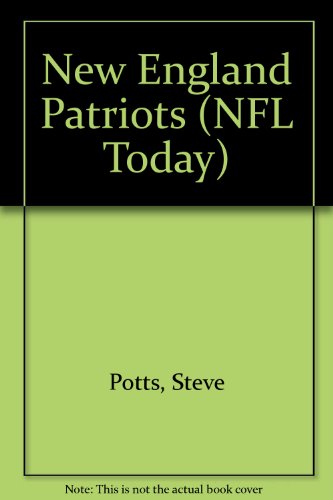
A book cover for New England Patriots (NFL Today); Steve Potts; Teen & Young Adult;